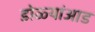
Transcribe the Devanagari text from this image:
डोळ्यांआड